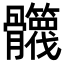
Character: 𩪻